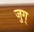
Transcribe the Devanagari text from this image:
जुग्